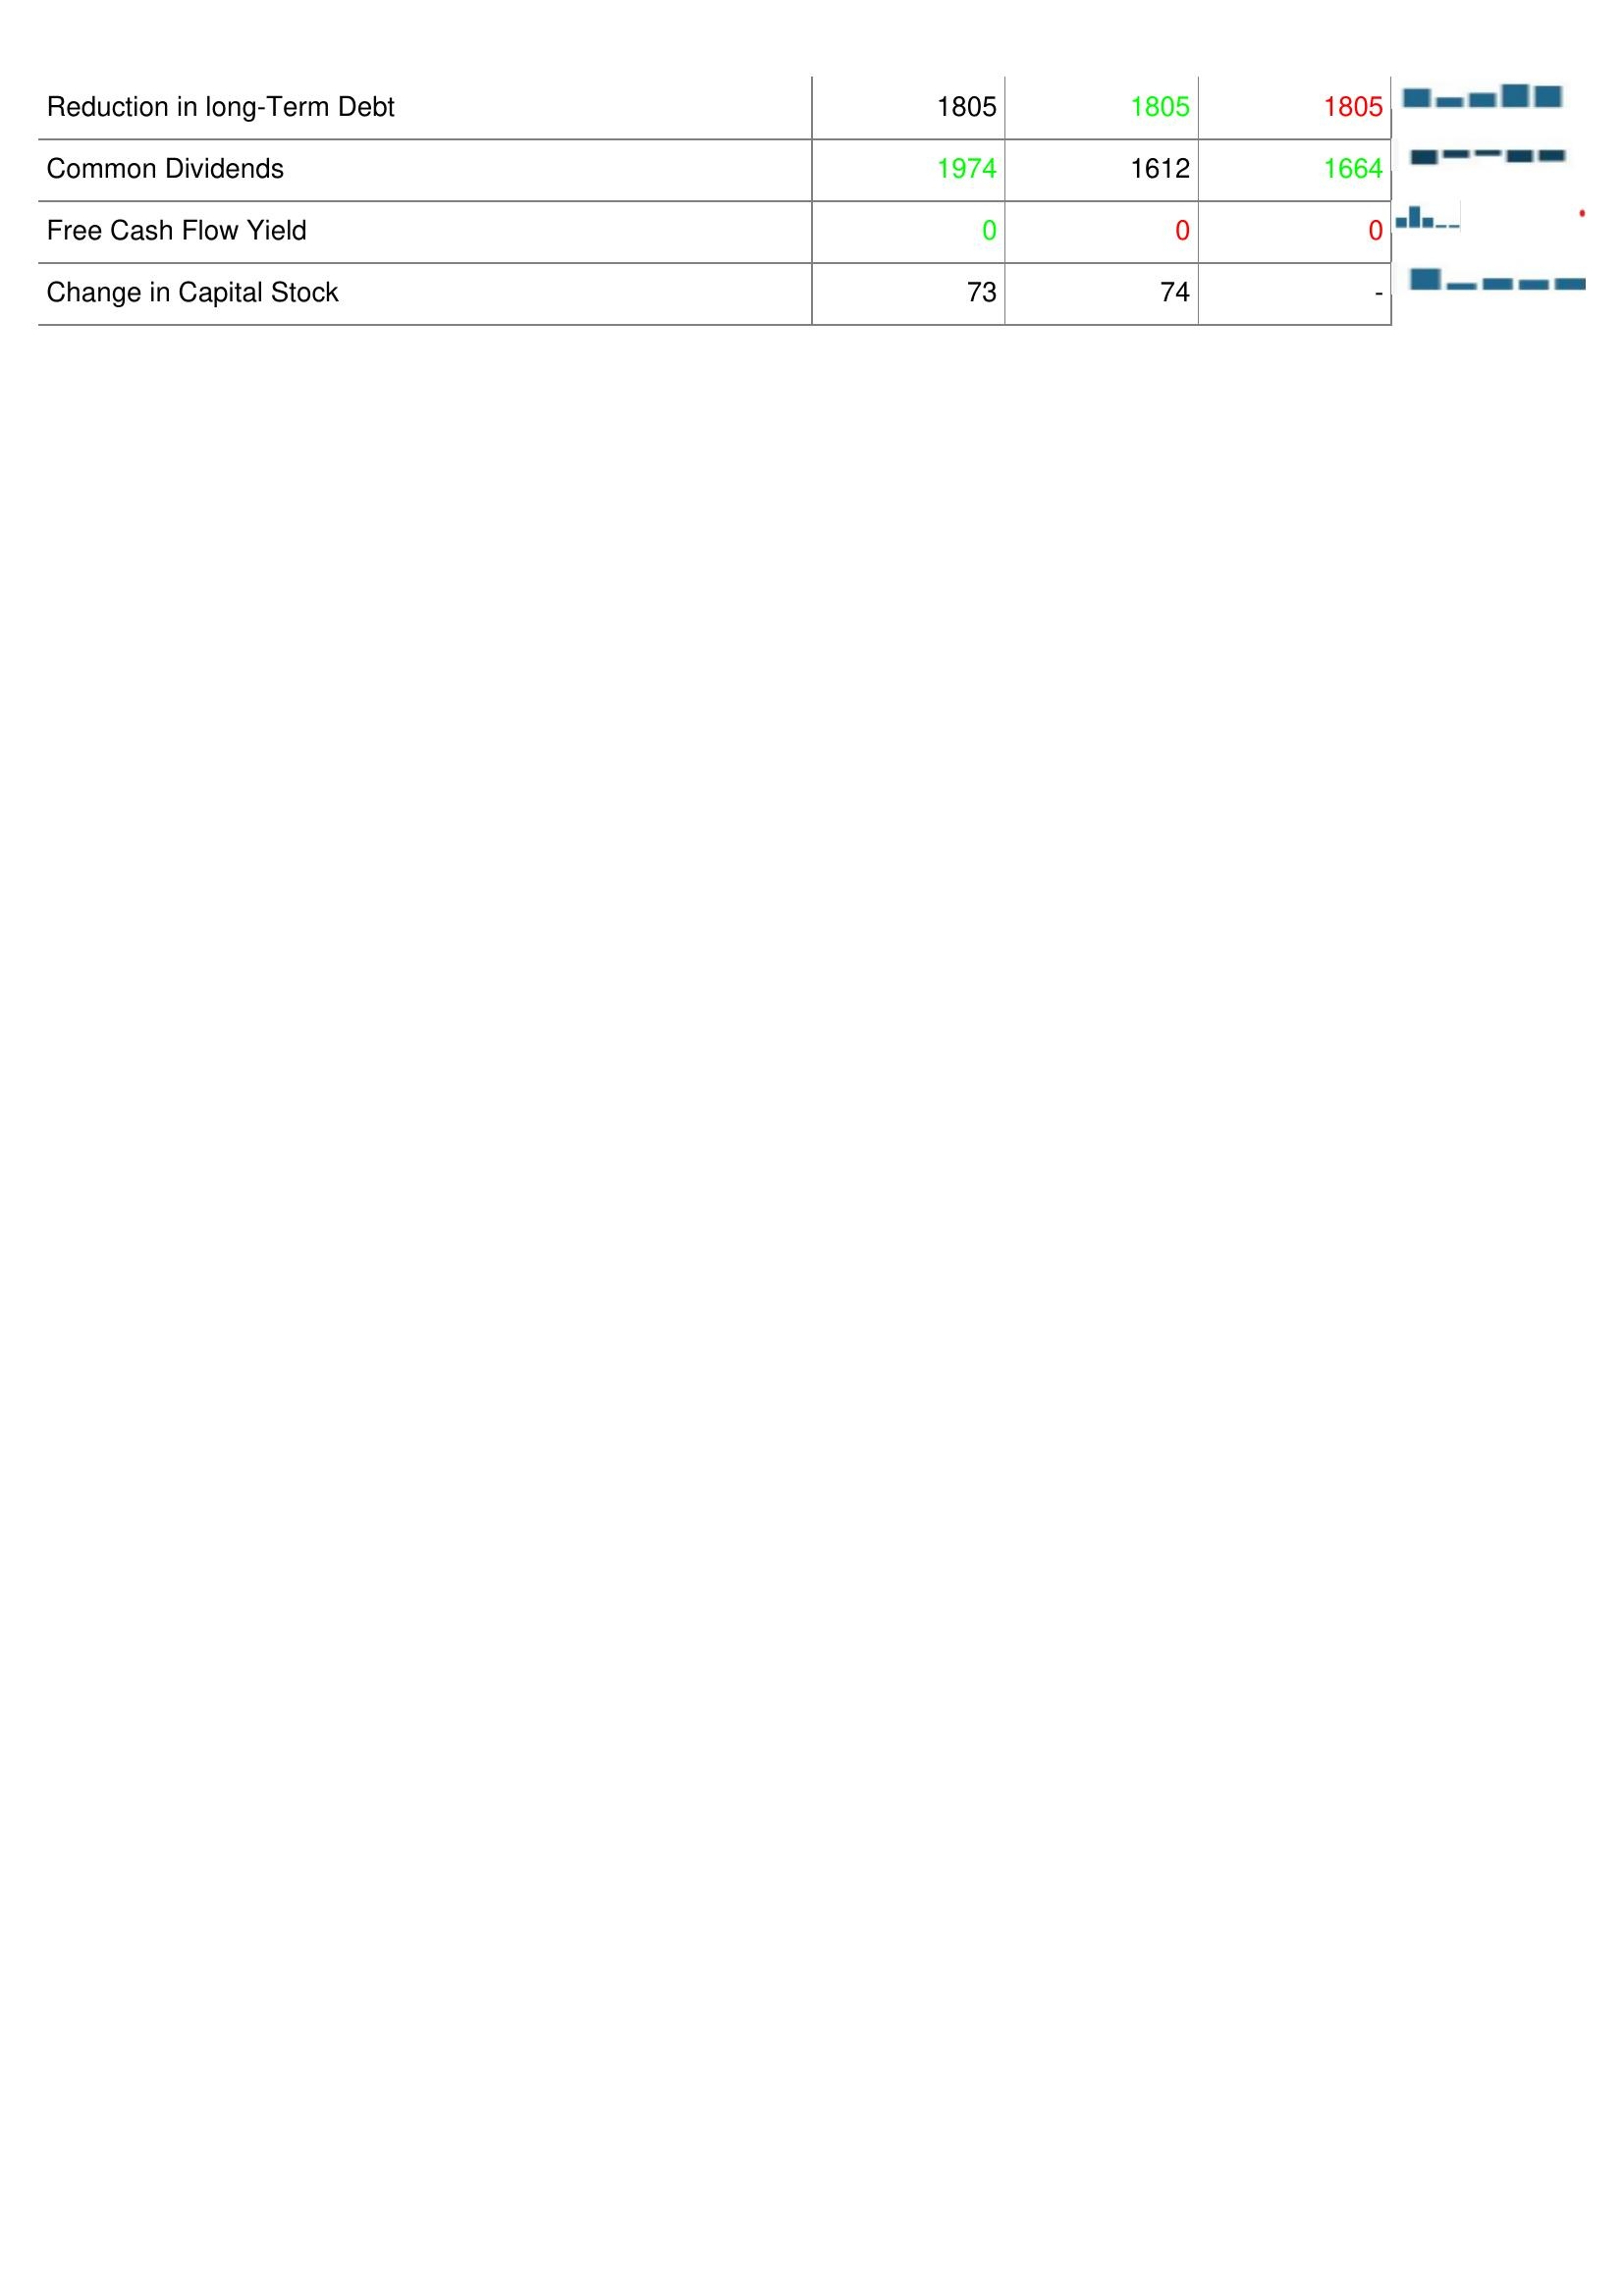
2003: Financing Activities: Reduction in long-Term Debt: 1805
Common Dividends: 1974
Free Cash Flow Yield: 0
Change in Capital Stock: 73
2002: Financing Activities: Reduction in long-Term Debt: 1805
Common Dividends: 1612
Free Cash Flow Yield: 0
Change in Capital Stock: 74
2001: Financing Activities: Reduction in long-Term Debt: 1805
Common Dividends: 1664
Free Cash Flow Yield: 0
Change in Capital Stock: -